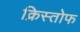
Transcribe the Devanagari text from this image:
क्रिस्तोफ